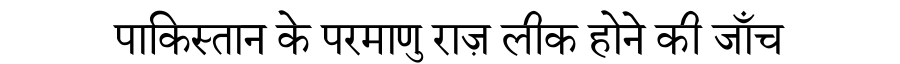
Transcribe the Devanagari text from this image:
पाकिस्तान के परमाणु राज़ लीक होने की जाँच